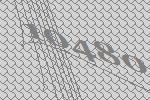
10480